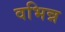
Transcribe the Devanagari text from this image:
वभिन्न